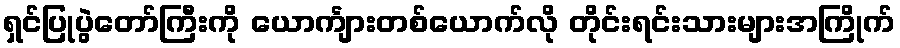
ရှင်ပြုပွဲတော်ကြီးကို ယောင်္ကျားတစ်ယောက်လို တိုင်းရင်းသားများအကြိုက်